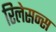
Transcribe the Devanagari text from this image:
रिलेसन्स